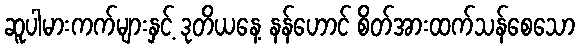
ဆူပါမားကက်များနှင့် ဒုတိယနေ့ နန်ဟောင် စိတ်အားထက်သန်စေသော